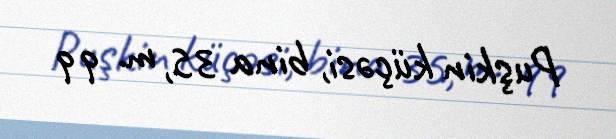
Puşkin küçəsi, bina 35, m. 99